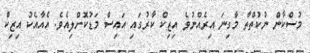
މުސްކާން ނުކުތްތާ މާގިނަ އިރެއްނުވެ އިޒިކް ކާރުގައި އައިސް މަޑުކޮށްލިއެވެ. އެއާއެކު އިޒިކް